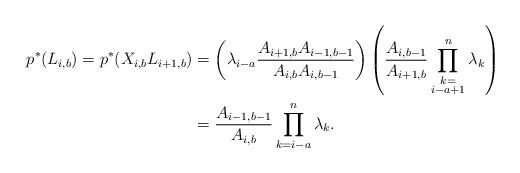
LaTeX: \begin{align*}p^* (L_{i,b} )= p^* (X_{i,b}L_{i+1,b} )& =\left(\lambda_{i-a}\frac{A_{i+1,b}A_{i-1,b-1}}{A_{i,b}A_{i,b-1}}\right) \left(\frac{A_{i,b-1}}{A_{i+1,b}}\prod_{\substack{k=\\i-a+1}}^{n}\lambda_k\right)\\& =\frac{A_{i-1,b-1}}{A_{i,b}}\prod_{k=i-a}^{n}\lambda_k.\end{align*}